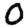
Digit: 0